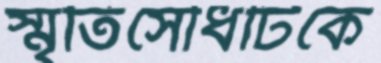
স্মৃতিসৌধটিকে